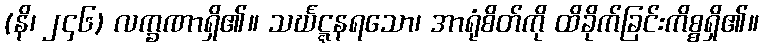
(နိ၊ ၂၄၆) လက္ခဏာရှိ၏။ သင်္ဃဋ္ဋနရသော၊ အာရုံစိတ်ကို ထိခိုက်ခြင်းကိစ္စရှိ၏။